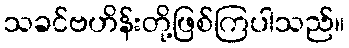
သခင်ဗဟိန်းတို့ဖြစ်ကြပါသည်။